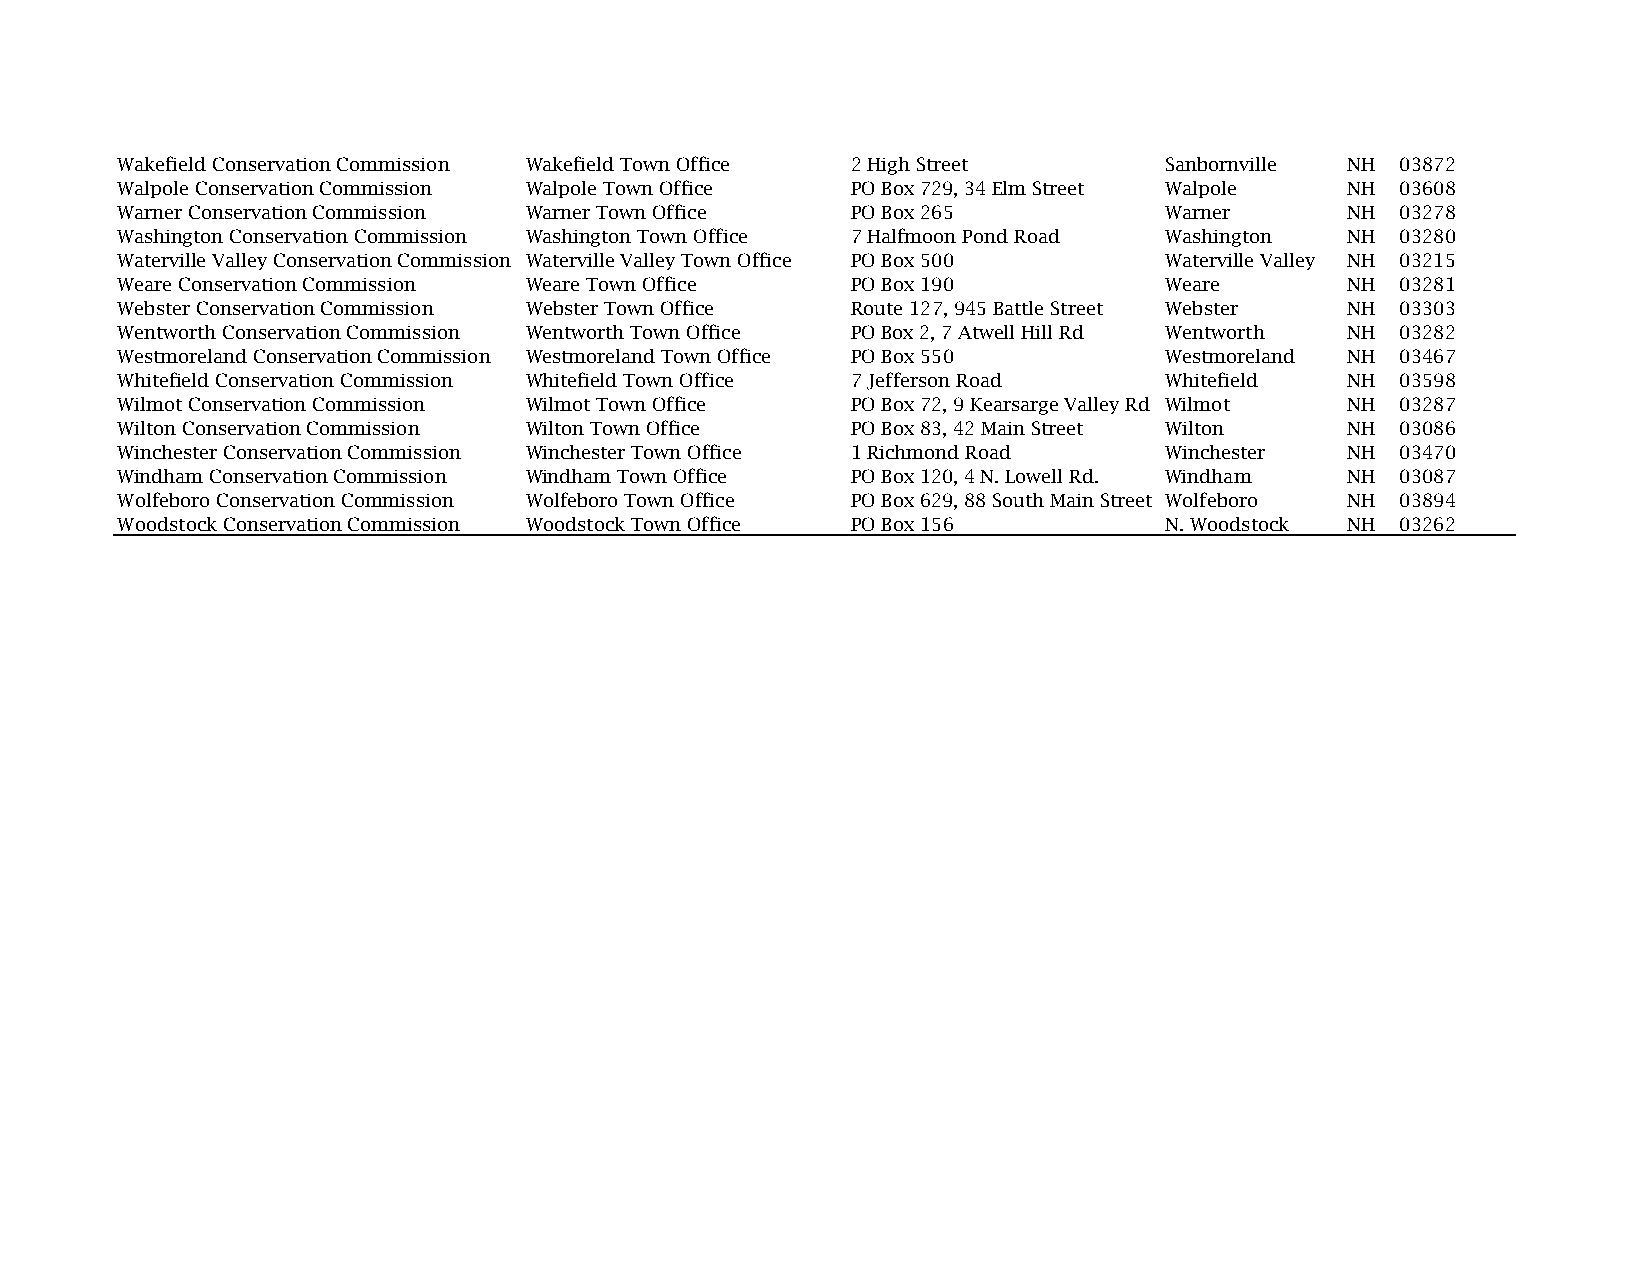
Wakefield Conservation Commission Wakefield Town Office 2 High Street Sanbornville NH 03872
 Walpole Conservation Commission Walpole Town Office PO Box 729, 34 Elm Street Walpole NH 03608
 Warner Conservation Commission Warner Town Office PO Box 265         Warner      NH  03278
 Washington Conservation Commission Washington Town Office 7 Halfmoon Pond Road Washington NH 03280
 Waterville Valley Conservation Commission Waterville Valley Town Office PO Box 500 Waterville Valley NH 03215
 Weare Conservation Commission Weare Town Office PO Box 190           Weare       NH  03281
 Webster Conservation Commission Webster Town Office Route 127, 945 Battle Street Webster NH 03303
 Wentworth Conservation Commission Wentworth Town Office PO Box 2, 7 Atwell Hill Rd Wentworth NH 03282
 Westmoreland Conservation Commission Westmoreland Town Office PO Box 550 Westmoreland NH 03467
 Whitefield Conservation Commission Whitefield Town Office 7 Jefferson Road Whitefield NH 03598
 Wilmot Conservation Commission Wilmot Town Office PO Box 72, 9 Kearsarge Valley Rd Wilmot NH 03287
 Wilton Conservation Commission Wilton Town Office PO Box 83, 42 Main Street Wilton NH 03086
 Winchester Conservation Commission Winchester Town Office 1 Richmond Road Winchester NH 03470
 Windham Conservation Commission Windham Town Office PO Box 120, 4 N. Lowell Rd. Windham NH 03087
 Wolfeboro Conservation Commission Wolfeboro Town Office PO Box 629, 88 South Main Street Wolfeboro NH 03894
 Woodstock Conservation Commission Woodstock Town Office PO Box 156   N. Woodstock NH 03262